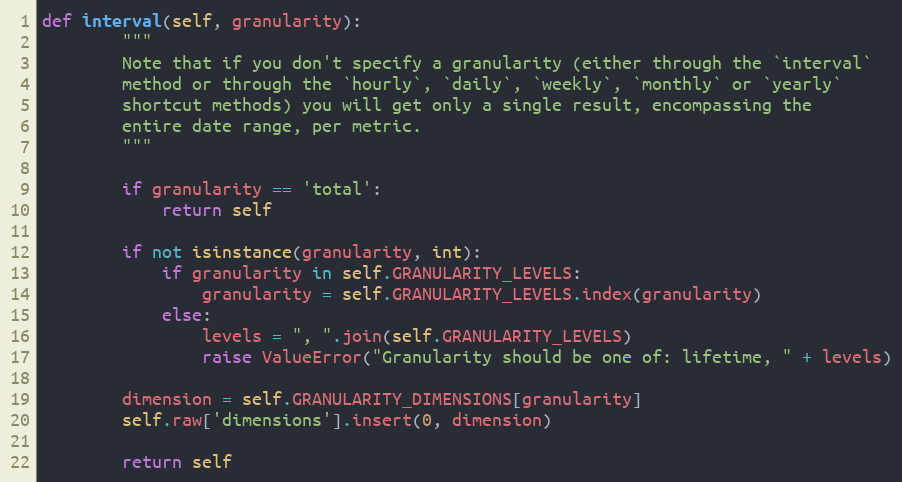
Language: Python
def interval(self, granularity):
        """
        Note that if you don't specify a granularity (either through the `interval`
        method or through the `hourly`, `daily`, `weekly`, `monthly` or `yearly`
        shortcut methods) you will get only a single result, encompassing the
        entire date range, per metric.
        """

        if granularity == 'total':
            return self

        if not isinstance(granularity, int):
            if granularity in self.GRANULARITY_LEVELS:
                granularity = self.GRANULARITY_LEVELS.index(granularity)
            else:
                levels = ", ".join(self.GRANULARITY_LEVELS)
                raise ValueError("Granularity should be one of: lifetime, " + levels)

        dimension = self.GRANULARITY_DIMENSIONS[granularity]
        self.raw['dimensions'].insert(0, dimension)

        return self